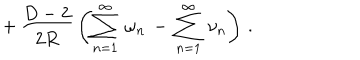
\, + \, \frac { D - 2 } { 2 R } \, \left( \sum _ { n = 1 } ^ { \infty } \, \omega _ { n } \, - \, \sum _ { n = 1 } ^ { \infty } \, \nu _ { n } \right) \, { . }